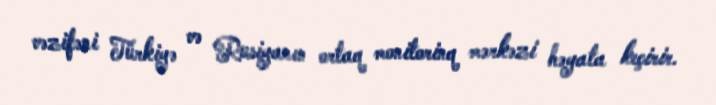
vəzifəni Türkiyə və Rusiyanın ortaq monitorinq mərkəzi həyata keçirir.